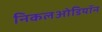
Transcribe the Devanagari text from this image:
निकलओडियॉन